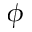
\phi